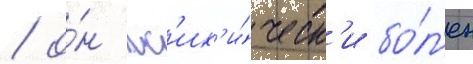
/ о́н пс'их'и́ческ'и бо́л'ен